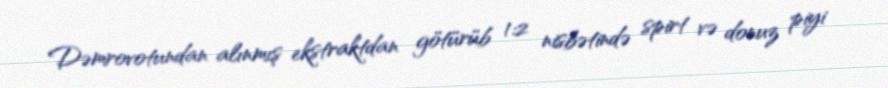
Dəmrovotundan alınmış ekstraktdan götürüb 1:2 nisbətində spirt və donuz piyi